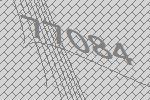
77084